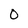
Character: O